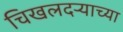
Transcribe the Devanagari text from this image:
चिखलदर्‍याच्या